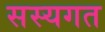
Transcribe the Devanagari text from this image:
सस्यगत